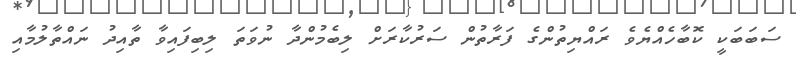
ސަބަބަކީ ކޮބާހެއްޔެވެ ރައްޔިތުންގެ ފަރާތުން ސަރުކާރަށް ލިބެމުންދާ ނުވަތަ ލިބިފައިވާ ތާއިދު ނައްތާލުމާއި